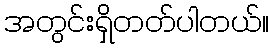
အတွင်းရှိတတ်ပါတယ်။